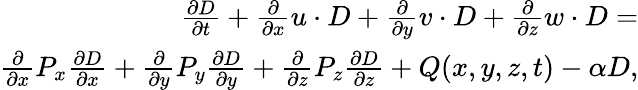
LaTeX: \begin{array}{r}{\frac{\partial D}{\partial t}+\frac{\partial}{\partial x}u\cdot D+\frac{\partial}{\partial y}v\cdot D+\frac{\partial}{\partial z}w\cdot D=}\\ {\frac{\partial}{\partial x}P_{x}\frac{\partial D}{\partial x}+\frac{\partial}{\partial y}P_{y}\frac{\partial D}{\partial y}+\frac{\partial}{\partial z}P_{z}\frac{\partial D}{\partial z}+Q(x,y,z,t)-\alpha D,}\end{array}